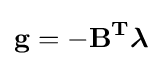
\mathbf {g=-B^{T}{\boldsymbol {\lambda }}}